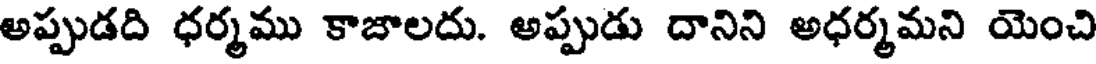
అప్పుడది ధర్మము కాజాలదు. అప్పుడు దానిని అధర్మమని యెంచి